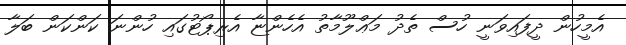
އެމީހުން ދީފައިވަނީ ހުސް ތެދު މަޢްލޫމާތު އެހެންޏާ އެރިިޕޯޓުގައި ހުންނަ ކަންކަން ބަލާ